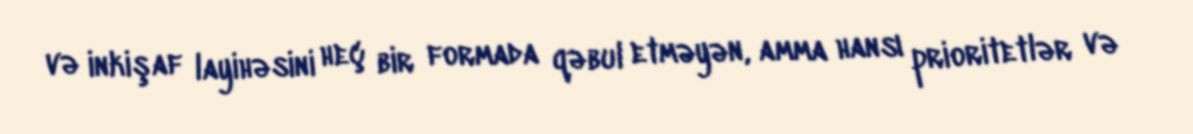
və inkişaf layihəsini heç bir formada qəbul etməyən, amma hansı prioritetlər və